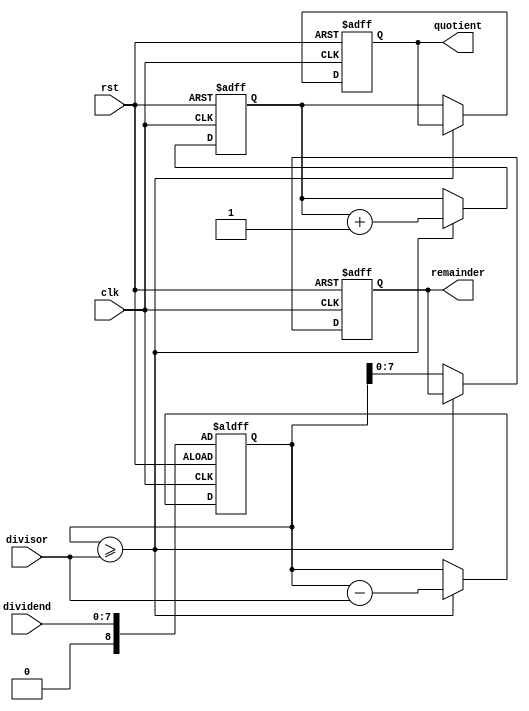
module CounterBasedDivider(
    input wire clk,
    input wire rst,
    input wire [7:0] dividend,
    input wire [7:0] divisor,
    output reg [7:0] quotient,
    output reg [7:0] remainder
);

reg [7:0] count;
reg [8:0] temp_remainder;

always @(posedge clk or posedge rst) begin
    if (rst) begin
        quotient <= 8'b0;
        remainder <= 8'b0;
        count <= 8'b0;
        temp_remainder <= {1'b0, dividend};
    end else begin
        if (temp_remainder >= divisor) begin
            temp_remainder <= temp_remainder - divisor;
            count <= count + 1;
        end else begin
            quotient <= count;
            remainder <= temp_remainder[7:0];
        end
    end
end

endmodule